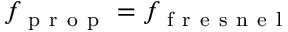
f _ { \mathrm { ~ p ~ r ~ o ~ p ~ } } = f _ { \mathrm { ~ f ~ r ~ e ~ s ~ n ~ e ~ l ~ } }